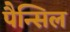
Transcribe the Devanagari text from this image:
पैन्सिल